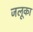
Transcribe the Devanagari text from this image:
जलूका